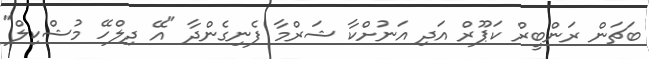
ބަޗަން ރަންބީރް ކަޕޫރް އަދި އަނުށްކާ ޝަރްމާ ފެނިގެންދާ "އޭ ދިލްހޭ މުޝްކިލް"